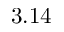
3 . 1 4